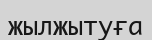
жылжытуға